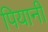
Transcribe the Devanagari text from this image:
पियानी